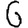
Digit: 6